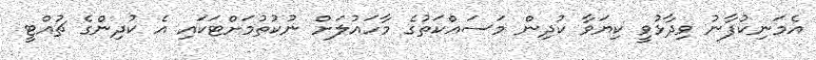
އެމަނިކުފާނު ވިދާޅުވީ ކިޔަވާ ކުދިން މަސައްކަތުގެ މާހައުލަށް ނުކުތުމަށްޓަކައި އެ ކުދިންގެ ޗުއްޓީ